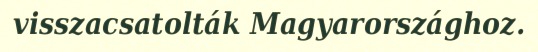
visszacsatolták Magyarországhoz.